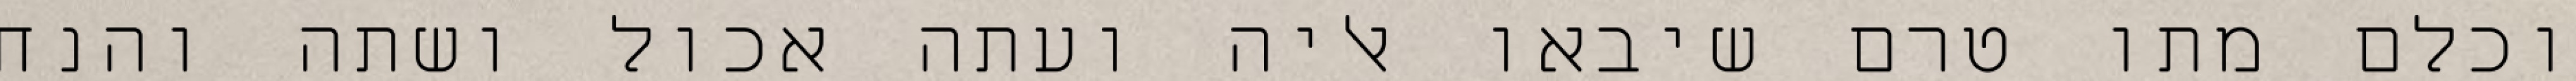
וכלם מתו טרם שיבאו אליה ועתה אכול ושתה והנח